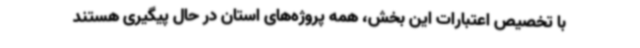
با تخصیص اعتبارات این بخش، همه پروژه‌های استان در حال پیگیری هستند